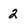
Character: 2